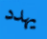
يهدد